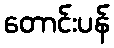
တောင်းပန်